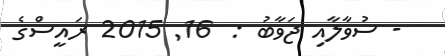
- ސުވާލާއި ޖަވާބު :  16